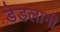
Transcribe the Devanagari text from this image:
डेडलानी